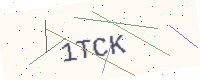
Text: 1TCK